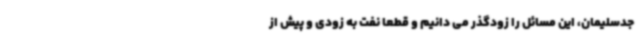
جدسلیمان، این مسائل را زودگذر می دانیم و قطعا نفت به زودی و پیش از